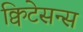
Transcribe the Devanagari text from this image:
क्विटेसन्स